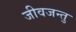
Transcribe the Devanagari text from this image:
जीवजन्तु